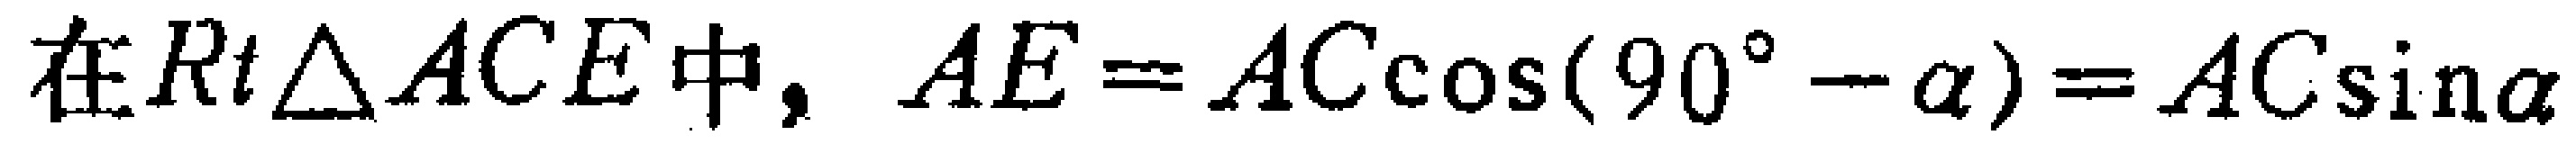
在$Rt\triangle ACE$中，$AE = AC\cos(90^{\circ}-\alpha)=AC\sin\alpha$